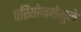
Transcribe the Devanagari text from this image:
परियोजनेमुळे